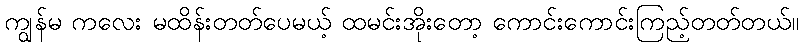
ကျွန်မ ကလေး မထိန်းတတ်ပေမယ့် ထမင်းအိုးတော့ ကောင်းကောင်းကြည့်တတ်တယ်။